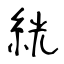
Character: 絖